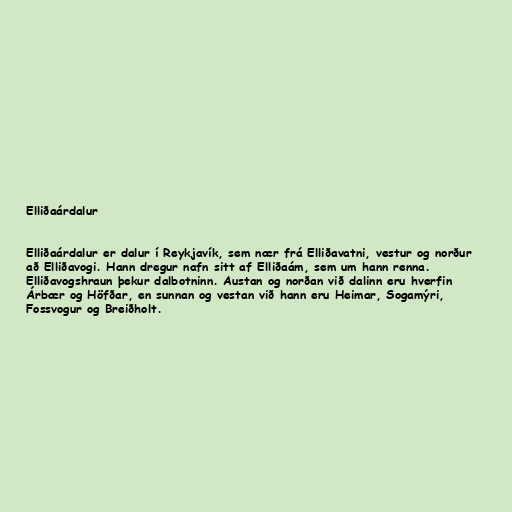
Elliðaárdalur

Elliðaárdalur er dalur í Reykjavík, sem nær frá Elliðavatni, vestur og norður
að Elliðavogi. Hann dregur nafn sitt af Elliðaám, sem um hann renna.
Elliðavogshraun þekur dalbotninn. Austan og norðan við dalinn eru hverfin
Árbær og Höfðar, en sunnan og vestan við hann eru Heimar, Sogamýri,
Fossvogur og Breiðholt.